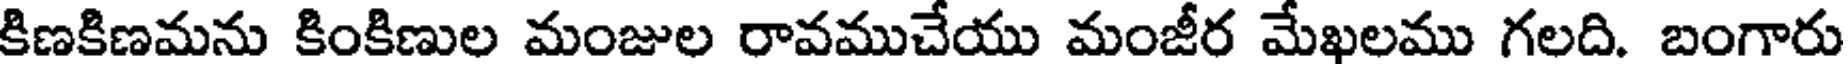
కిణకిణమను కింకిణుల మంజుల రావముచేయు మంజీర మేఖలము గలది. బంగారు